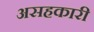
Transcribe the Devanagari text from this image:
असहकारी